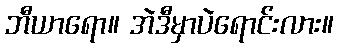
ဘီယာရော။ အဲဒီမှာပဲရောင်းလား။